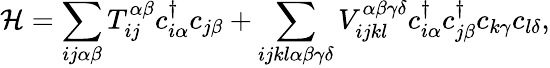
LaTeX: \mathcal{H}=\sum_{ij\alpha\beta}T_{ij}^{\alpha\beta}c_{i\alpha}^{\dagger}c_{j\beta}+\sum_{ijkl\alpha\beta\gamma\delta}{V_{ijkl}^{\alpha\beta\gamma\delta}c_{i\alpha}^{\dagger}c_{j\beta}^{\dagger}c_{k\gamma}c_{l\delta}},